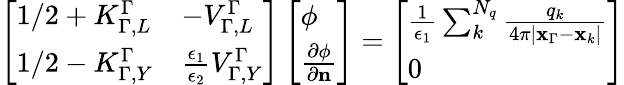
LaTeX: \begin{array}{r}{\left[\begin{array}{ll}{1/2+K_{\Gamma,L}^{\Gamma}}&{-V_{\Gamma,L}^{\Gamma}}\\ {1/2-K_{\Gamma,Y}^{\Gamma}}&{\frac{\epsilon_{1}}{\epsilon_{2}}V_{\Gamma,Y}^{\Gamma}}\end{array}\right]\left[\begin{array}{l}{\phi}\\ {\frac{\partial\phi}{\partial\mathbf{n}}}\end{array}\right]=\left[\begin{array}{l}{\frac{1}{\epsilon_{1}}\sum_{k}^{N_{q}}\frac{q_{k}}{4\pi|\mathbf{x}_{\Gamma}-\mathbf{x}_{k}|}}\\ {0}\end{array}\right]}\end{array}